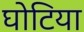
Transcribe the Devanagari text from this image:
घोटिया